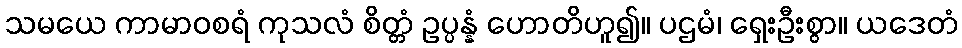
သမယေ ကာမာဝစရံ ကုသလံ စိတ္တံ ဥပ္ပန္နံ ဟောတိဟူ၍။ ပဌမံ၊ ရှေးဦးစွာ။ ယဒေတံ